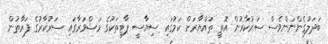
ބަދަލުގެންނަންވެސް ސަރުކާރުން އޮތީ ތައްޔާރަށް ކަމުގައި ސިޔާސީ ޕާޓީތަކުގެ މަޝްވަރާގައި ސަރުކާރުގެ ފަރާތުން